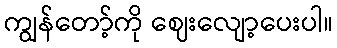
ကျွန်တော့်ကို ဈေးလျော့ပေးပါ။